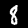
Label: 8